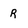
Character: R